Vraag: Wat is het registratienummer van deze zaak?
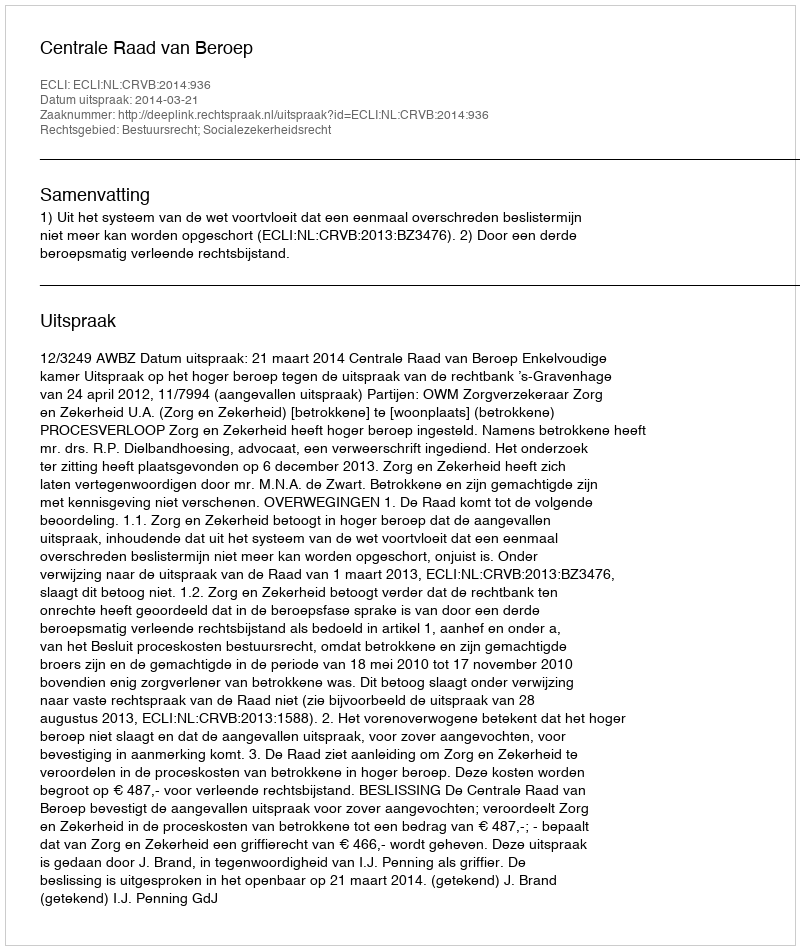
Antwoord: http://deeplink.rechtspraak.nl/uitspraak?id=ECLI:NL:CRVB:2014:936